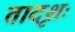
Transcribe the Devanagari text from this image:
तादृशः